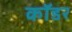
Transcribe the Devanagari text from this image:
कॉडर